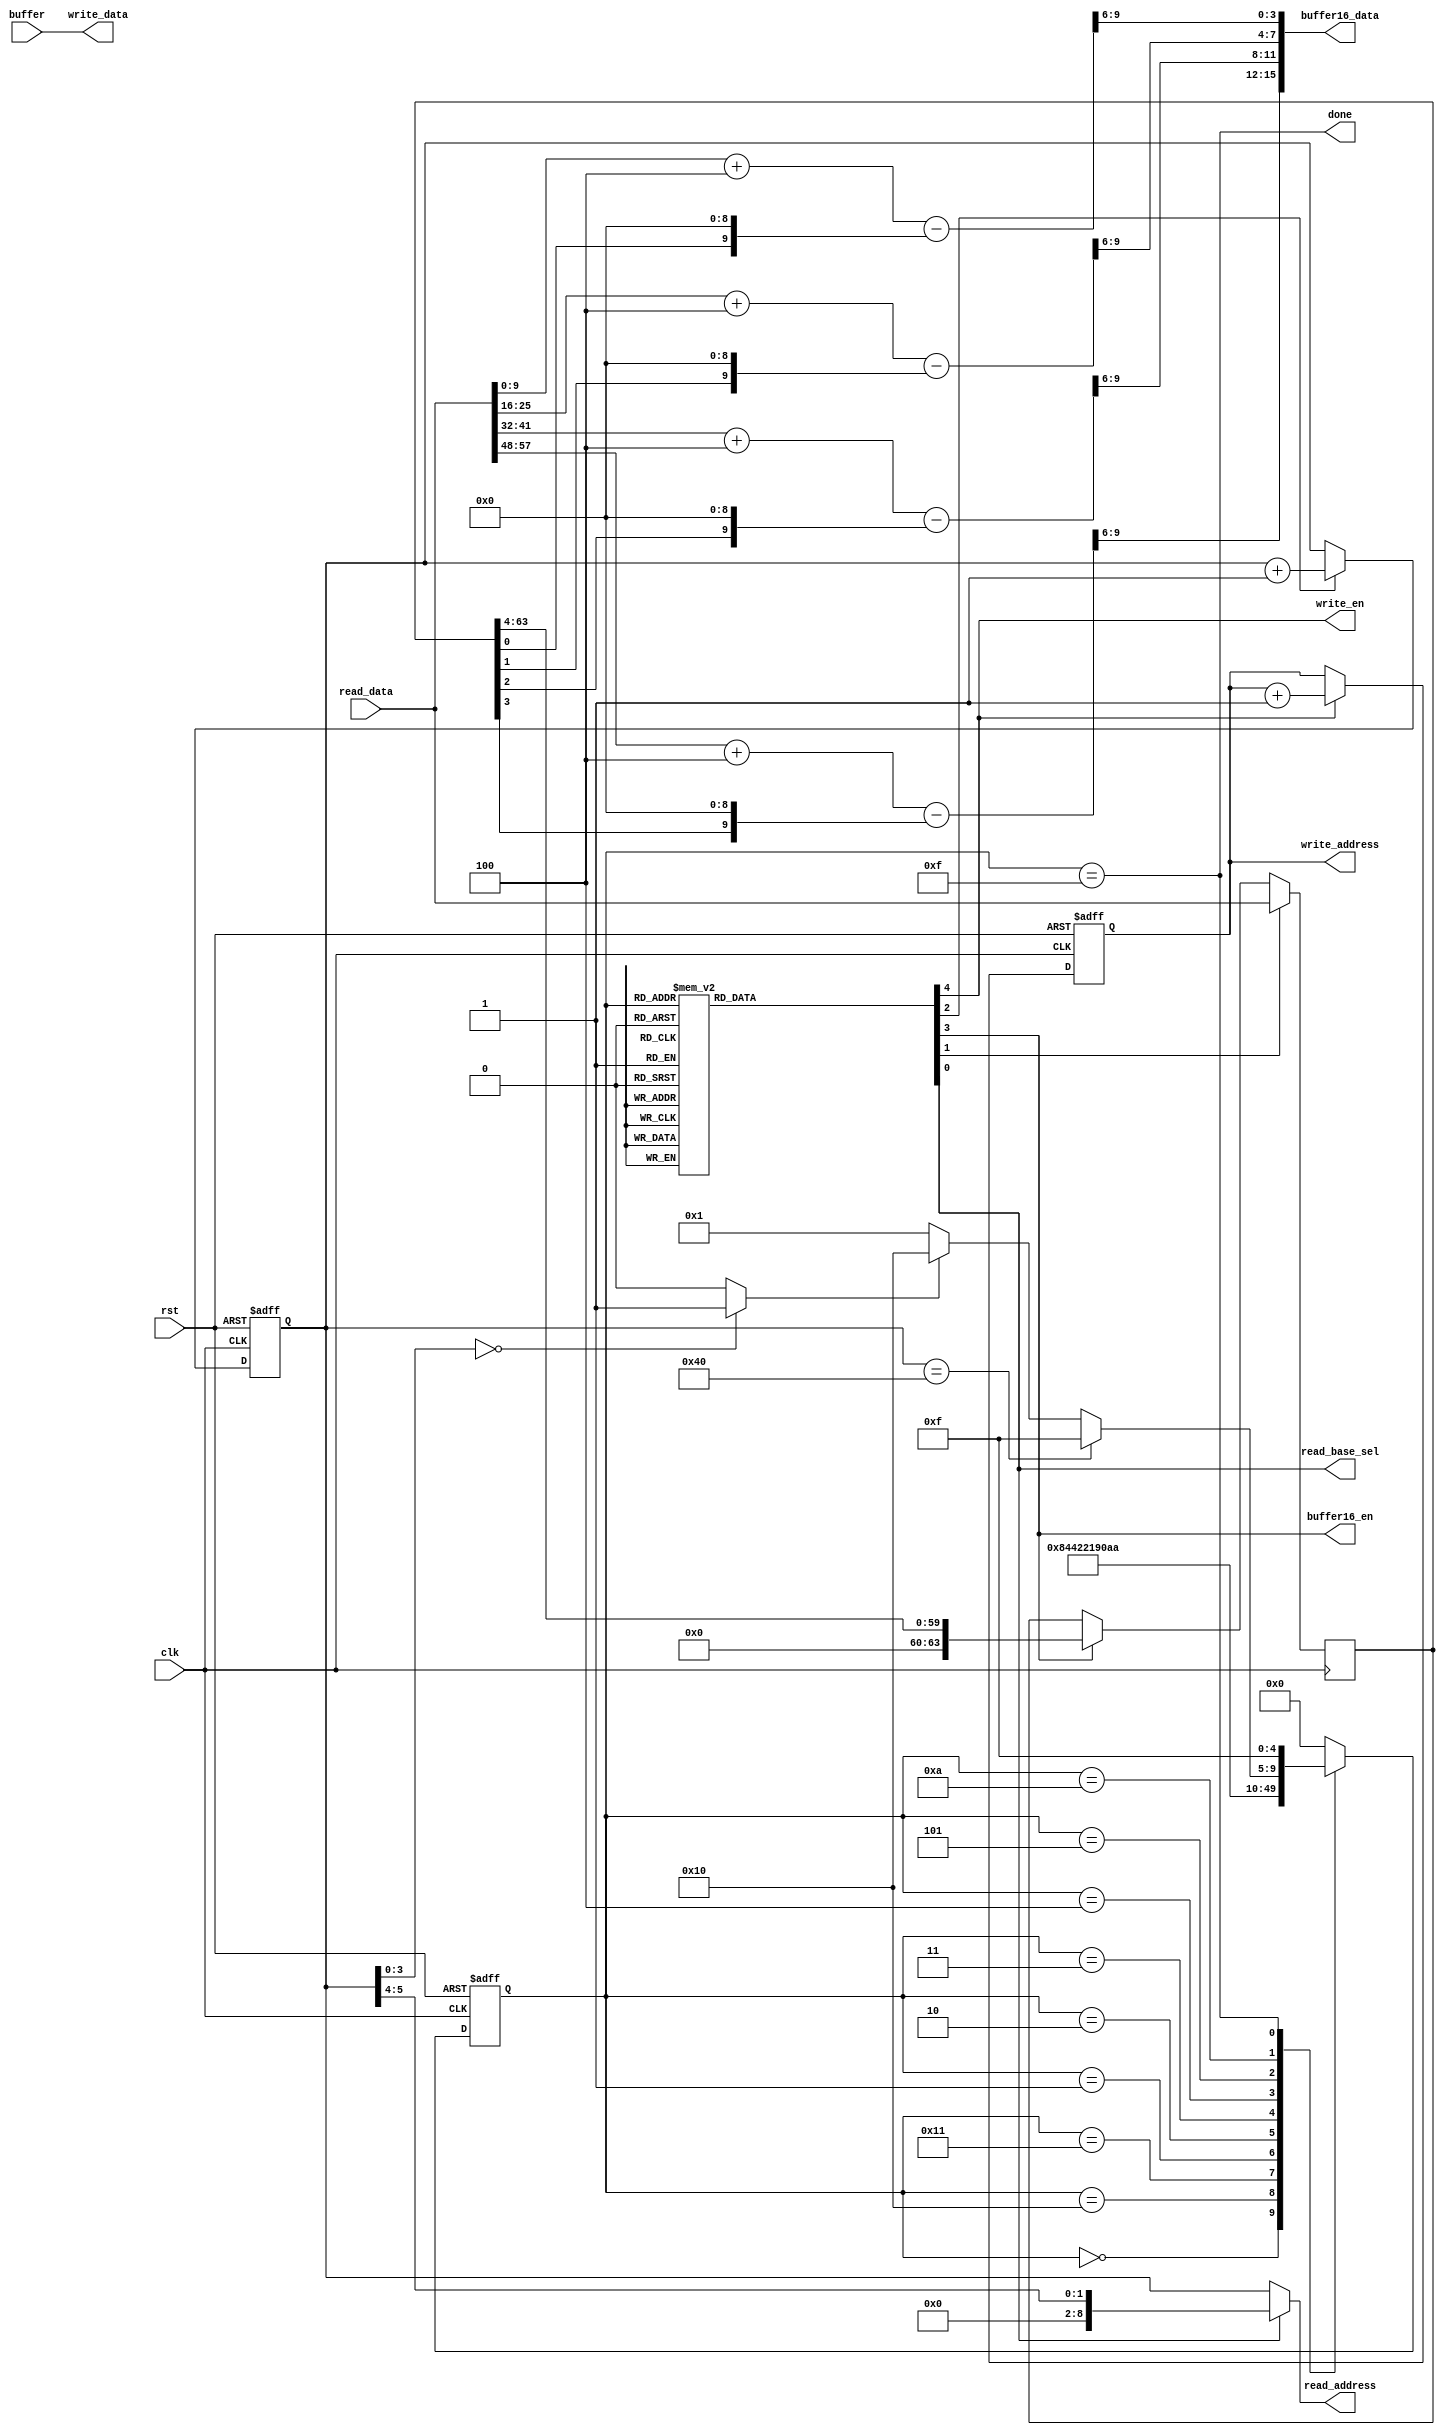
`timescale 1ns / 1ps

/***************************************************************************************************
    1. Design Name:             Add_m_pack
    2. Preparation Date:        May 04, 2021
    3. Initial designed by:     Dr. Sujoy Sinha Roy and Andrea Basso
    4. Design optimized by:     Malik Imran and Samuel Pagliarini (Tallinn University of Technology, Estonia)              
    
    Note! The codes are for academic research use only and does not come with any support or any responsibility. 
****************************************************************************************************/


/*
	//addition of h1 to vprime
	for(i=0;i<SABER_N;i++)
		vprime[i]=vprime[i]+h1;

	// unpack message_received;
	for(j=0; j<SABER_KEYBYTES; j++)
	{
		for(i=0; i<8; i++)
		{
			message[8*j+i] = ((message_received[j]>>i) & 0x01);
		}
	}

	// message encoding
	for(i=0; i<SABER_N; i++)
	{
		//message[i] = (message[i]<<9);
		message[i] = (message[i]<<(SABER_EP-1));		
	}

	for(k=0;k<SABER_N;k++)
	{
		vprime[k]=( (vprime[k] - message[k]) & (mod_p) )>>(SABER_EP-SABER_ET);
	}
	
	SABER_pack_4bit(msk_c, vprime);
*/

`define h1 10'd4

module Add_m_pack(clk, rst, read_base_sel, read_address, read_data, write_address, write_data, write_en, done, buffer16_en, buffer16_data, buffer);
input clk, rst;
output read_base_sel;	// used to select either vprime or message; 1-->message
output [8:0] read_address;
input [63:0] read_data;

output reg [8:0] write_address;
output [63:0] write_data;
output write_en;
output done;

output reg buffer16_en;
output [15:0] buffer16_data;
input [63:0] buffer;

reg inc_write_address, inc_vprime_address, buffer64_en;

reg [8:0] vprime_address;
reg [63:0] message_buffer;
reg load_message, read_base_sel;
wire [1:0] message_address = vprime_address[5:4];
wire message_load_needed = (vprime_address[3:0]==4'd0) ? 1'b1 : 1'b0;

assign read_address = (read_base_sel==1'b0) ? vprime_address : {7'd0, message_address};

always @(posedge clk)
begin
	if(load_message)
		message_buffer <= read_data;
	else if(buffer16_en)
		message_buffer <= {4'd0, message_buffer[63:4]};
	else	
		message_buffer <= message_buffer;
end		

//vprime[k] + h1 - (message[i]<<9)		
wire [9:0] add0 = read_data[9:0] + `h1 - {message_buffer[0],9'd0};
wire [9:0] add1 = read_data[25:16] + `h1 - {message_buffer[1],9'd0};
wire [9:0] add2 = read_data[41:32] + `h1 - {message_buffer[2],9'd0};
wire [9:0] add3 = read_data[57:48] + `h1 - {message_buffer[3],9'd0};

// add >> 6
wire [15:0] round_p_value = {add3[9:6], add2[9:6], add1[9:6], add0[9:6]};
assign buffer16_data = round_p_value;


//reg [63:0] buffer;
//always @(posedge clk)
//begin
//	if(buffer16_en)
//		buffer <= {round_p_value, buffer[63:16]};
//end

assign write_data = buffer[63:0];
assign write_en = inc_write_address;

always @(posedge clk or posedge rst)
begin
	if(rst)
		vprime_address <= 9'd0;
	else if(inc_vprime_address)
		vprime_address <= vprime_address + 1'b1;
end
wire vprime_address_64 = (vprime_address==9'd64);

always @(posedge clk or posedge rst)
begin
	if(rst)
		write_address <= 9'd0;
	else if(inc_write_address)
		write_address <= write_address + 1'b1;
end

reg [4:0] state, nextstate;

always @(posedge clk or posedge rst)
begin
	if(rst)
		state <= 5'd0;
	else
		state <= nextstate;
end		

always @(*)
begin
	case(state)
	5'd0: begin read_base_sel=0; load_message=0; inc_vprime_address=0; buffer16_en=0; inc_write_address=0; end

	// Set message address for BRAM
	5'd16: begin read_base_sel=1; load_message=0; inc_vprime_address=0; buffer16_en=0; inc_write_address=0; end
	// Store message 64 bits in message_buffer
	5'd17: begin read_base_sel=0; load_message=1; inc_vprime_address=0; buffer16_en=0; inc_write_address=0; end
	
	// Read four 10 bit coeff, add h1, subtract m, take top 4 bits, write 16 bit in buffer; fill buffer
	5'd1: begin read_base_sel=0; load_message=0; inc_vprime_address=1; buffer16_en=0; inc_write_address=0; end
	5'd2: begin read_base_sel=0; load_message=0; inc_vprime_address=1; buffer16_en=1; inc_write_address=0; end
	5'd3: begin read_base_sel=0; load_message=0; inc_vprime_address=1; buffer16_en=1; inc_write_address=0; end
	5'd4: begin read_base_sel=0; load_message=0; inc_vprime_address=1; buffer16_en=1; inc_write_address=0; end
	5'd5: begin read_base_sel=0; load_message=0; inc_vprime_address=0; buffer16_en=1; inc_write_address=0; end
	
	// Read 64 bit chunks from buffer and write it
	5'd10: begin read_base_sel=0; load_message=0; inc_vprime_address=0; buffer16_en=0; inc_write_address=1; end	

	5'd15: begin read_base_sel=0; load_message=0; inc_vprime_address=0; buffer16_en=0; inc_write_address=0; end		
	default: begin read_base_sel=0; load_message=0; inc_vprime_address=0; buffer16_en=0; inc_write_address=0; end		
	endcase
end

always @(*)
begin
	case(state)
	5'd0: nextstate = 5'd16;

	5'd16: nextstate = 5'd17;
	5'd17: nextstate = 5'd1;
	
	5'd1: nextstate = 5'd2;
	5'd2: nextstate = 5'd3;
	5'd3: nextstate = 5'd4;
	5'd4: nextstate = 5'd5;
	5'd5: nextstate = 5'd10;

	5'd10: begin
				if(vprime_address_64)
					nextstate = 5'd15;
				else if(message_load_needed)
					nextstate = 5'd16;
				else
					nextstate = 5'd1;
			end			
	5'd15: nextstate = 5'd15;
	default: nextstate = 5'd0;
	endcase
end

assign done = (state==5'd15);
	
endmodule